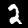
Digit: 2